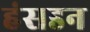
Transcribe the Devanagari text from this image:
हंसडन